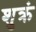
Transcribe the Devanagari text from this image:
शुक्रं